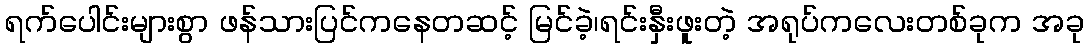
ရက်ပေါင်းများစွာ ဖန်သားပြင်ကနေတဆင့် မြင်ခဲ့၊ရင်းနှီးဖူးတဲ့ အရုပ်ကလေးတစ်ခုက အခု